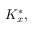
K _ { x } ^ { * } ,